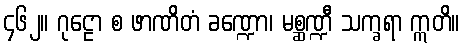
၄၆၂။ ဂုဠော စ ဖာဏိတံ ခဏ္ဍော၊ မစ္ဆဏ္ဍီ သက္ခရာ ဣတိ။